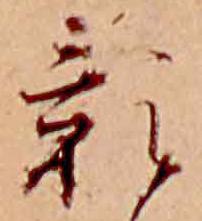
影